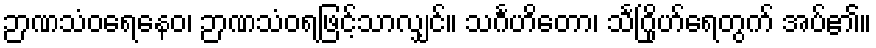
ဉာဏသံဝရေနေဝ၊ ဉာဏသံဝရဖြင့်သာလျှင်။ သင်္ဂဟိတော၊ သင်္ဂြိုဟ်ရေတွက် အပ်၏။